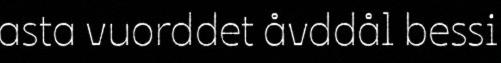
asta vuorddet åvddål bessi